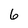
Character: 6